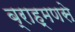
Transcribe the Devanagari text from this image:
ब्राह्मणसे